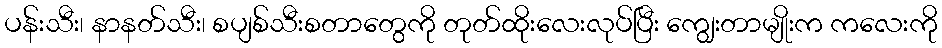
ပန်းသီး၊ နာနတ်သီး၊ စပျစ်သီးစတာတွေကို တုတ်ထိုးလေးလုပ်ပြီး ကျွေးတာမျိုးက ကလေးကို